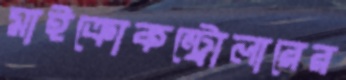
মাইক্রোকন্ট্রোলারের